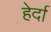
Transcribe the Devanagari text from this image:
हेर्दा